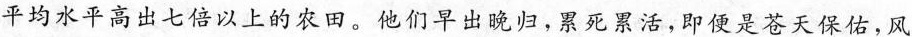
平均水平高出七倍以上的农田。他们早出晚归，累死累活，即便是苍天保佑，风